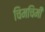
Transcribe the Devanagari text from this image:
चिमचिमी